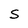
Character: S